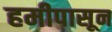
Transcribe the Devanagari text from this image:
हमीपासून